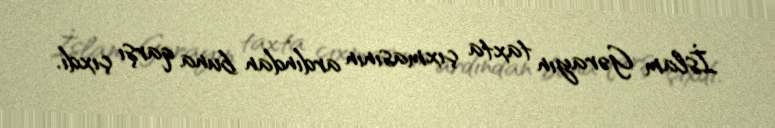
İslam Gərayın taxta çıxmasının ardından buna qarşı çıxdı.